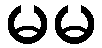
မမ